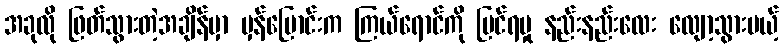
အခုလို ဖြတ်သွားတဲ့အချိန်မှာ မှန်ပြောင်းက ကြယ်ရောင်ကို မြင်ရမှု နည်းနည်းလေး လျော့သွားမယ့်